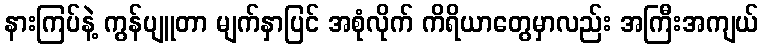
နားကြပ်နဲ့ ကွန်ပျူတာ မျက်နှာပြင် အစုံလိုက် ကိရိယာတွေမှာလည်း အကြီးအကျယ်